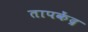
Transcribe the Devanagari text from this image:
तापकेंद्र